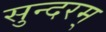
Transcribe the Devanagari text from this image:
सुन्‍दरम्